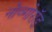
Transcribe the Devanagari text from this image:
नोव्गोरॉड